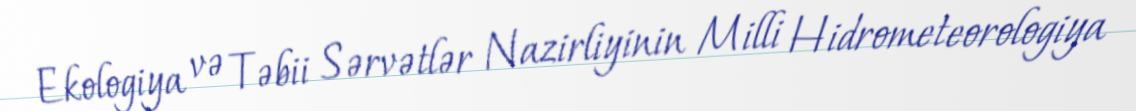
Ekologiya və Təbii Sərvətlər Nazirliyinin Milli Hidrometeorologiya